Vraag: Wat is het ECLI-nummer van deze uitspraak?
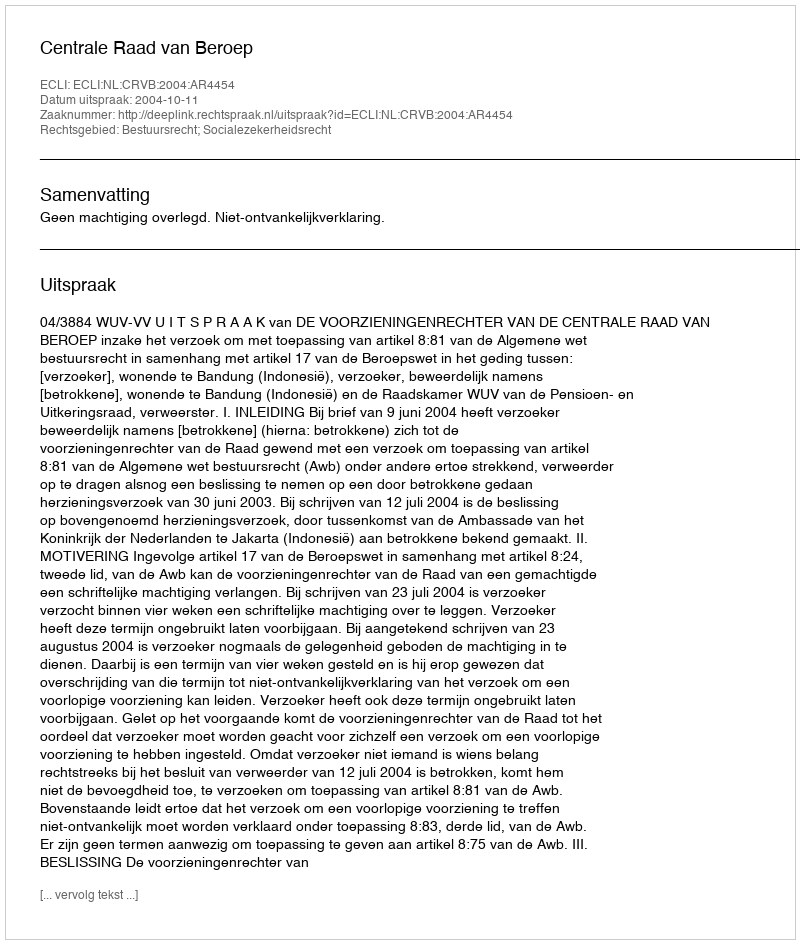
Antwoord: ECLI:NL:CRVB:2004:AR4454